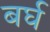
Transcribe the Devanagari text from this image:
बर्घ